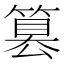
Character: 篡